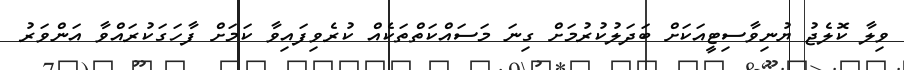
ވިލާ ކޮލެޖު ޔުނިވާސިޓީއަކަށް ބަދަލުކުރުމަށް ގިނަ މަސައްކަތްތަކެއް ކުރެވިފައިވާ ކަމަށް ފާހަގަކުރައްވާ އަންވަރު